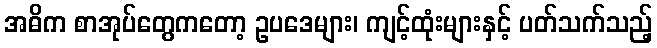
အဓိက စာအုပ်တွေကတော့ ဥပဒေများ၊ ကျင့်ထုံးများနှင့် ပတ်သက်သည့်